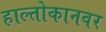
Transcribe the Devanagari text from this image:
हाल्तोकानवर